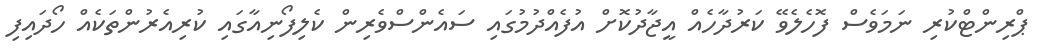
ޕްރިންޓްކުރި ނަމަވެސް ފޮހެލެވޭ ކަރުދާހެއް އީޖާދުކޮށް އުފެއްދުމުގައި ސައެންސްވެރިން ކެލިފޯނިއާގައި ކުރިއެރުންތަކެއް ހޯދައިފި